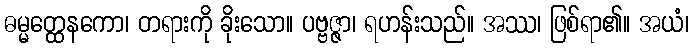
ဓမ္မတ္ထေနကော၊ တရားကို ခိုးသော။ ပဗ္ဗဇ္ဇာ၊ ရဟန်းသည်။ အဿ၊ ဖြစ်ရာ၏။ အယံ၊